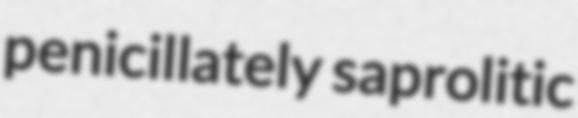
penicillately saprolitic